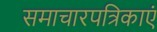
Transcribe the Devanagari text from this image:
समाचारपत्रिकाएं